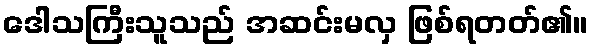
ဒေါသကြီးသူသည် အဆင်းမလှ ဖြစ်ရတတ်၏။